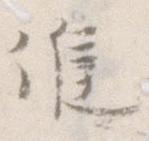
候